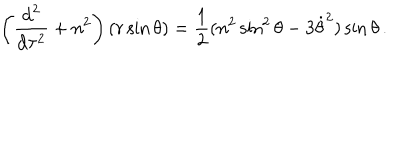
\left( { \frac { \mathrm { d } ^ { 2 } } { \mathrm { d } \tau ^ { 2 } } } + n ^ { 2 } \right) ( r \sin \theta ) = { \frac { 1 } { 2 } } ( n ^ { 2 } \sin ^ { 2 } \theta - 3 \dot { \theta } ^ { 2 } ) \sin \theta \, .